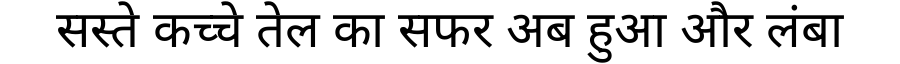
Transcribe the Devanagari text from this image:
सस्ते कच्चे तेल का सफर अब हुआ और लंबा